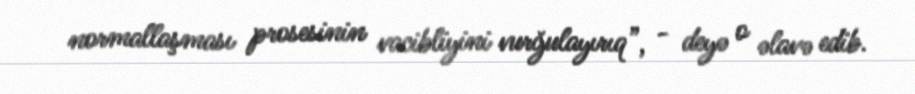
normallaşması prosesinin vacibliyini vurğulayırıq”, - deyə o əlavə edib.